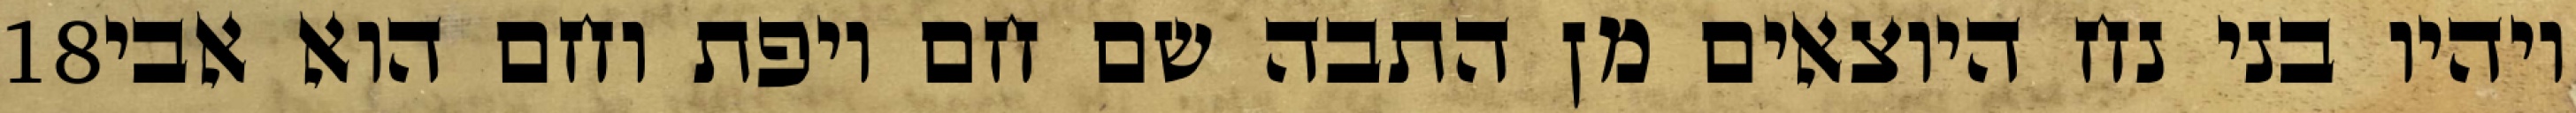
‎18‏ ויהיו בני נח היוצאים מן התבה שם חם ויפת וחם הוא אבי